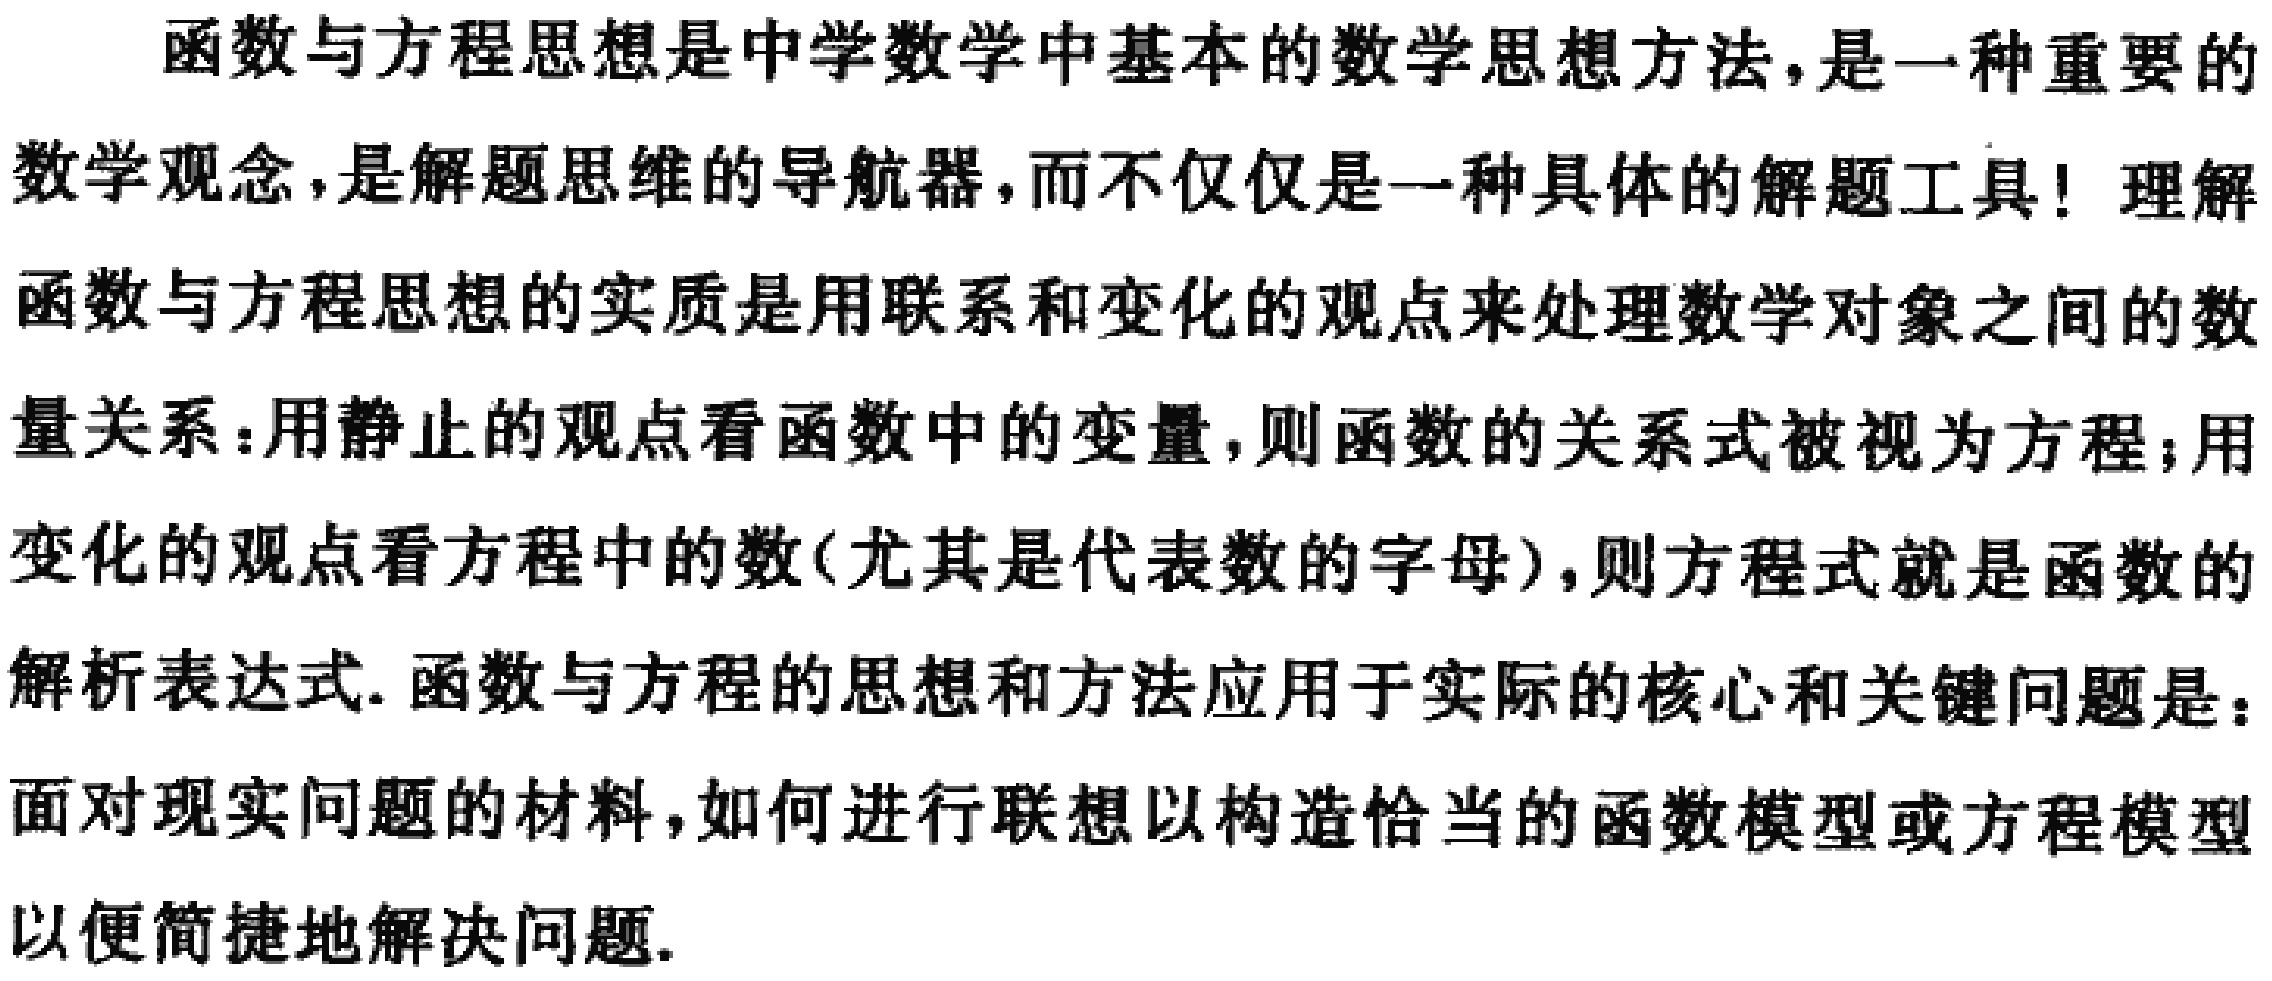
函数与方程思想是中学数学中基本的数学思想方法，是一种重要的
数学观念，是解题思维的导航器，而不仅仅是一种具体的解题工具！理解
函数与方程思想的实质是用联系和变化的观点来处理数学对象之间的数
量关系：用静止的观点看函数中的变量，则函数的关系式被视为方程；用
变化的观点看方程中的数(尤其是代表数的字母)，则方程式就是函数的
解析表达式. 函数与方程的思想和方法应用于实际的核心和关键问题是：
面对现实问题的材料，如何进行联想以构造恰当的函数模型或方程模型
以便简捷地解决问题.